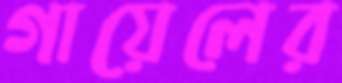
গায়েলের